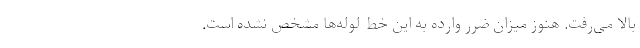
بالا می‌رفت. هنوز میزان ضرر وارده به این خط لوله‌ها مشخص نشده است.